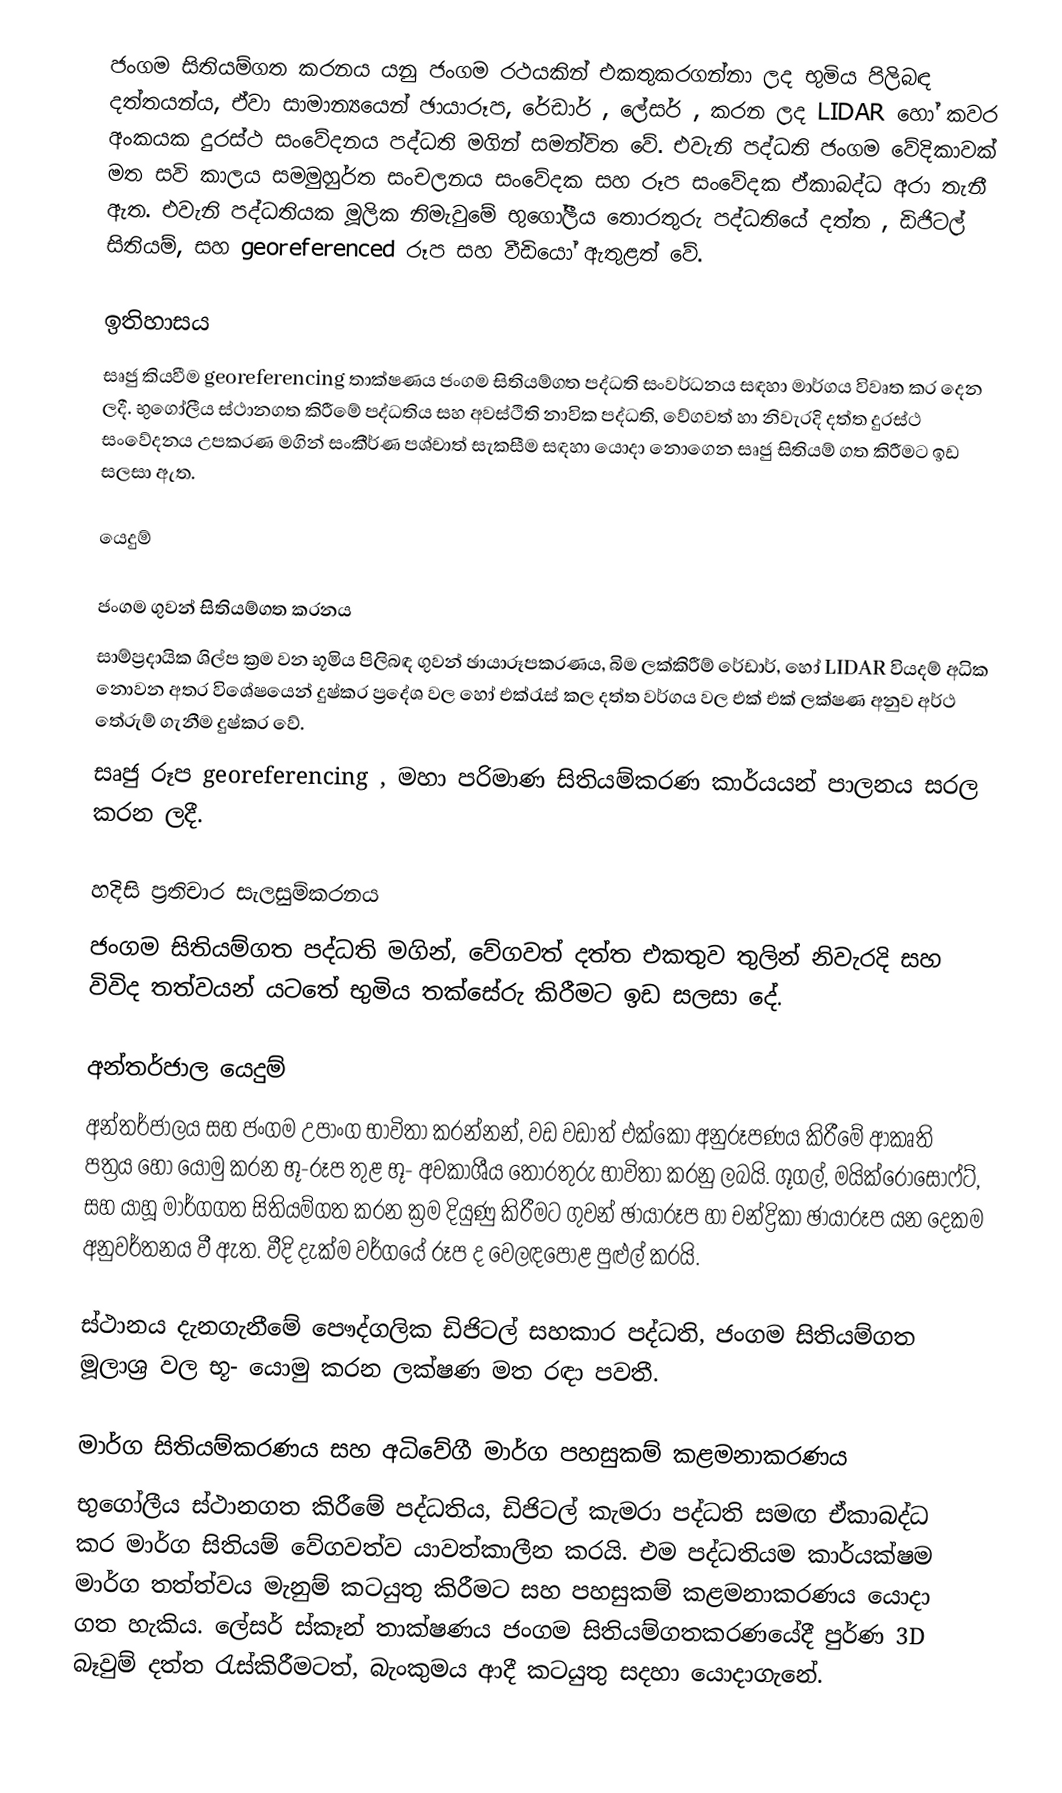
ජංගම සිතියම්ගත කරනය යනු ජංගම රථයකින් එකතුකරගන්නා ලද භුමිය පිලිබඳ දත්තයන්ය, ඒවා සාමාන්‍යයෙන් ඡායාරූප, රේඩාර් , ලේසර් , කරන ලද LIDAR හෝ කවර අංකයක දුරස්ථ සංවේදනය පද්ධති මගින් සමන්විත වේ.  එවැනි පද්ධති ජංගම වේදිකාවක් මත සවි කාලය සමමුහුර්ත සංචලනය සංවේදක සහ රූප සංවේදක ඒකාබද්ධ අරා තැනී ඇත. එවැනි පද්ධතියක මූලික නිමැවුමේ භුගෝලීය තොරතුරු පද්ධතියේ දත්ත , ඩිජිටල් සිතියම්, සහ georeferenced රූප සහ වීඩියෝ ඇතුළත් වේ.

ඉතිහාසය
සෘජු කියවීම georeferencing තාක්ෂණය ජංගම සිතියම්ගත පද්ධති සංවර්ධනය සඳහා මාර්ගය විවෘත කර දෙන ලදී. භුගෝලීය ස්ථානගත කිරීමේ පද්ධතිය සහ අවස්ථිති නාවික පද්ධති, වේගවත් හා නිවැරදි දත්ත දුරස්ථ සංවේදනය උපකරණ මගින් සංකීර්ණ පශ්චාත් සැකසීම සඳහා යොදා නොගෙන සෘජු සිතියම් ගත කිරීමට ඉඩ සලසා ඇත.

යෙදුම්

ජංගම ගුවන් සිතියම්ගත කරනය
සාම්ප්‍රදායික ශිල්ප ක්‍රම වන භූමිය පිලිබඳ ගුවන් ඡායාරූපකරණය, බිම ලක්කිරීම් රේඩාර්, හෝ LIDAR වියදම් අධික නොවන අතර  විශේෂයෙන් දුෂ්කර ප්‍රදේශ වල හෝ එක්රැස් කල දත්ත වර්ගය වල එක් එක් ලක්ෂණ අනුව අර්ථ තේරුම් ගැනීම දුෂ්කර වේ.
සෘජු රූප georeferencing , මහා පරිමාණ සිතියම්කරණ කාර්යයන් පාලනය සරල කරන ලදී.

හදිසි ප්‍රතිචාර සැලසුම්කරනය
ජංගම සිතියම්ගත පද්ධති මගින්, වේගවත් දත්ත එකතුව තුලින් නිවැරදි සහ විවිද තත්වයන් යටතේ භුමිය තක්සේරු කිරීමට ඉඩ සලසා දේ.

අන්තර්ජාල යෙදුම්
අන්තර්ජාලය සහ ජංගම උපාංග භාවිතා කරන්නන්, වඩ වඩාත් එක්කෝ අනුරූපණය කිරීමේ ආකෘති පත්‍රය හෝ යොමු කරන භූ-රූප තුළ භූ- අවකාශීය තොරතුරු භාවිතා කරනු ලබයි. ගූගල්, මයික්රොසොෆ්ට්, සහ යාහූ මාර්ගගත සිතියම්ගත කරන ක්‍රම දියුණු කිරීමට ගුවන් ඡායාරූප හා චන්ද්‍රිකා ඡායාරූප යන දෙකම අනුවර්තනය වී ඇත. වීදි දැක්ම වර්ගයේ රූප ද වෙලඳපොළ පුළුල් කරයි.

ස්ථානය දැනගැනීමේ පෞද්ගලික ඩිජිටල් සහකාර පද්ධති, ජංගම සිතියම්ගත මූලාශ්‍ර වල භූ- යොමු කරන ලක්ෂණ මත රඳා පවතී.

මාර්ග සිතියම්කරණය සහ අධිවේගී මාර්ග පහසුකම් කළමනාකරණය
භුගෝලීය ස්ථානගත කිරීමේ පද්ධතිය, ඩිජිටල් කැමරා පද්ධති සමඟ ඒකාබද්ධ කර මාර්ග සිතියම් වේගවත්ව යාවත්කාලීන කරයි. එම පද්ධතියම කාර්යක්ෂම මාර්ග තත්ත්වය මැනුම් කටයුතු කිරීමට සහ පහසුකම් කළමනාකරණය යොදා ගත හැකිය. ලේසර් ස්කෑන් තාක්ෂණය ජංගම සිතියම්ගතකරණයේදී පුර්ණ 3D බෑවුම්  දත්ත රැස්කිරීමටත්, බැංකුමය ආදී කටයුතු සදහා යොදාගැනේ.